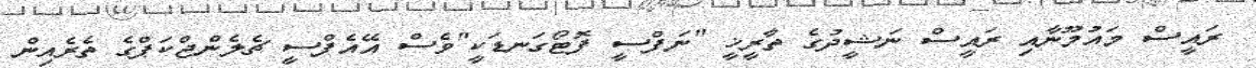
ރަައީސް މައުމޫނާއި ރައީސް ނަޝީދުގެ ތާރީޚީ "ނަފްސީ ފޮޓޯގަނޑަކީ"ވެސް އޭއެފްސީ ޗެލެންޖްކަޕްގެ ތެރެއިން